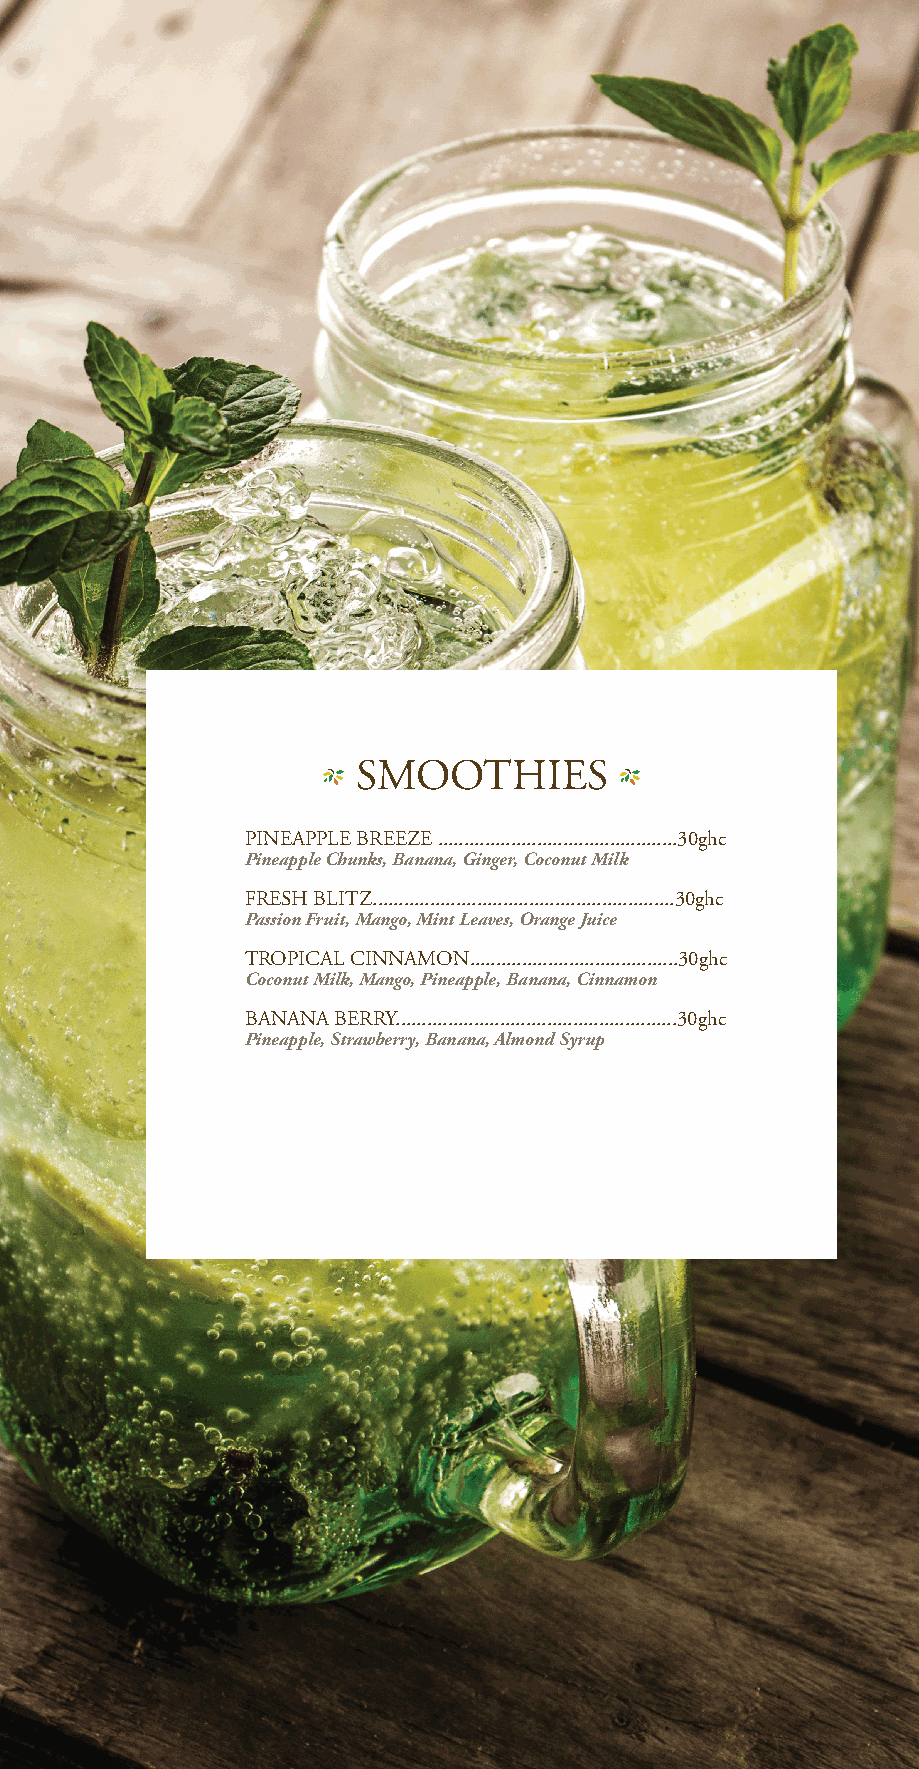
SMOOTHIES
 PINEAPPLE BREEZE ..............................................30ghc
 Pineapple Chunks, Banana, Ginger, Coconut Milk
 FRESH BLITZ..........................................................30ghc
 Passion Fruit, Mango, Mint Leaves, Orange Juice
 TROPICAL CINNAMON........................................30ghc
 Coconut Milk, Mango, Pineapple, Banana, Cinnamon
 BANANA BERRY......................................................30ghc
 Pineapple, Strawberry, Banana, Almond Syrup